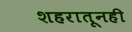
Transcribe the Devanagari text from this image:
शहरातूनही